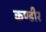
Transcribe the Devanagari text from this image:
कण्डीर